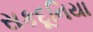
સકદૂનિયા